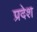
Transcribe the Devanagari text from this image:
प्रदेश्‍ा